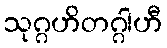
သုဂ္ဂဟိတဂ္ဂါဟီ